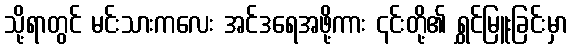
သို့ရာတွင် မင်းသားကလေး အင်ဒရေအဖို့ကား ၎င်းတို့၏ ရွှင်မြူးခြင်းမှာ